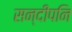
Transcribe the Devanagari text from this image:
सन्‍दीपनि